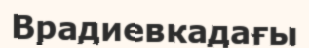
Врадиевкадағы